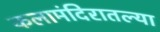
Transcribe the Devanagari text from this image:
कलामंदिरातल्या